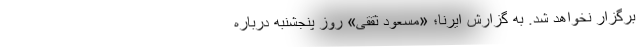
برگزار نخواهد شد. به گزارش ایرنا؛ «مسعود ثققی» روز پنجشنبه درباره